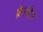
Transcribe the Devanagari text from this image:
ब्रेनगेट